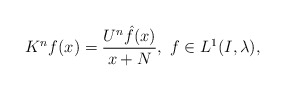
\begin{align*}K^n f(x) = \frac{U^n \hat{f}(x)}{x+N}, \ f \in L^1(I, \lambda), \end{align*}